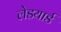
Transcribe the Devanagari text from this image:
लेडयार्ड